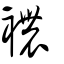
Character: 襛